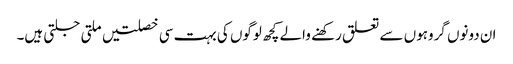
ان دونوں گروہوں سے تعلق رکھنے والے کچھ لوگوں کی بہت سی خصلتیں ملتی جلتی ہیں۔